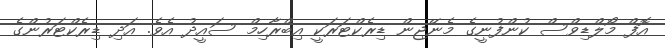
އޮފް މޯލްޑިވްސް ކުންފުނީގެ މެނޭޖިން ޑިރެކްޓަރަކީ އިބްރާހިމް ސައީދު އެވެ. އަދި ޑިރެކްޓަރުންގެ